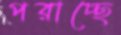
পরাচ্ছে